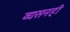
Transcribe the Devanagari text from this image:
व्यसनही